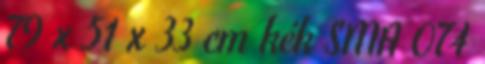
79 x 51 x 33 cm kék SMA 074